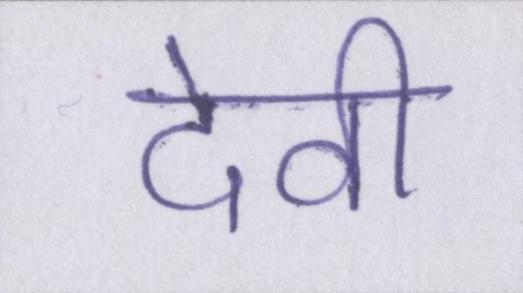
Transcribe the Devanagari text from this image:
देवी